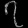
Digit: ၇